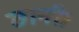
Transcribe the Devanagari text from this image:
छानी।